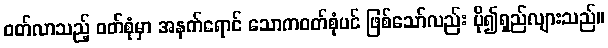
ဝတ်လာသည့် ဝတ်စုံမှာ အနက်ရောင် သောကဝတ်စုံပင် ဖြစ်သော်လည်း ပို၍ရှည်လျားသည်။